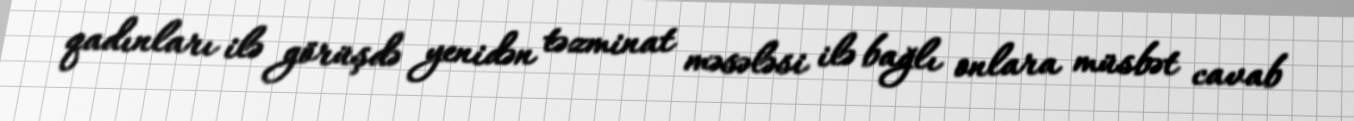
qadınları ilə görüşdə yenidən təzminat məsələsi ilə bağlı onlara müsbət cavab